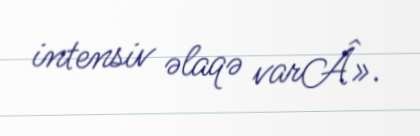
intensiv əlaqə varÂ».